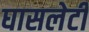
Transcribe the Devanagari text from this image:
घासलेटी